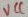
Text: VCC